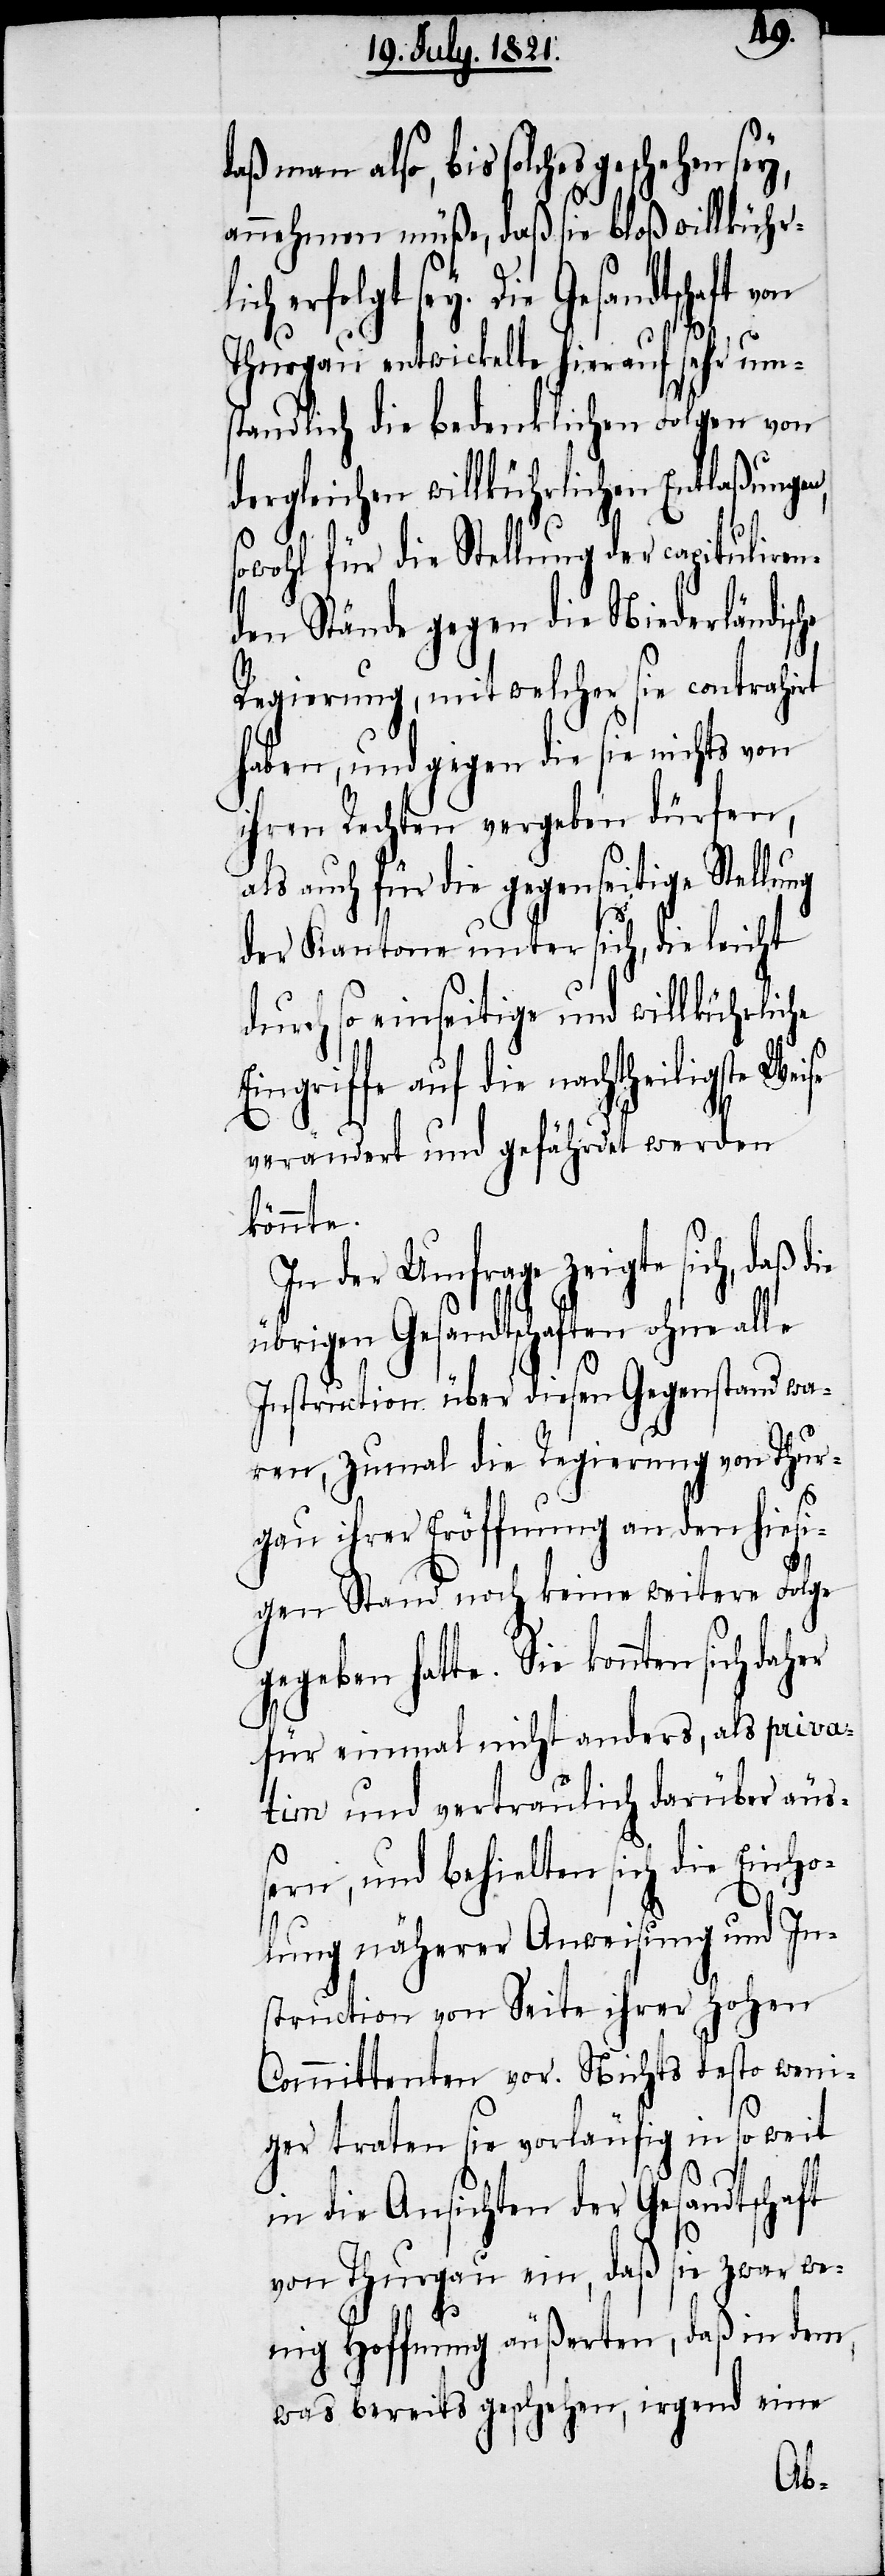
n,
also, bis solches geschehen sey,
annehmen müße, daß sie bloß willkührl¬
ich erfolgt sey. Die
Thurgau entwickelte hierauf sehr um¬
ständlich die bedenklichen Folgen von
dergleichen willkührlichen Entlaßunge¬
sowohl für die Stellung der capituliren¬
den Stände gegen die Niederländisc¬
Regierung, mit welcher sie contrahirt
haben, und gegen die sie nichts von
ihren Rechten vergeben dürfen,
als auch für die gegenseitige Stellung
der Kantone unter sich, die leicht
durch so einseitige und willkührliche
ingriffe auf die nachtheiligste
verändert und gefährdet werden
könnte.
In der Umfrage zeigte sich, daß die
übrigen Gesandtschaften ohne alle
Instruction über diesen Gegenstand wa¬
ren, zumal die Regierung von Thur¬
E¬
gau ihrer Eröffnung an den hiesi¬
gen Stand noch keine weitere Folge
gegeben hatte. Sie konnten
für einmal nicht anders, als priva¬
tim und vertraulich darüber äuß¬
ern, und behielten sich die Einho¬
lung näherer Anweisung und In¬
struction von Seite ihrer hohen
Committenten vor. Nichts desto weni¬
ger traten sie vorläufig in so weit
in die Ansichten der Gesandtschaft
von Thurgau ein, daß sie zwar we¬
nig Hoffnung äußerten, daß in dem,
was bereits geschehen, irgend eine